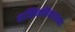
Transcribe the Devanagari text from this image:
मज्झिमनिकायाच्या